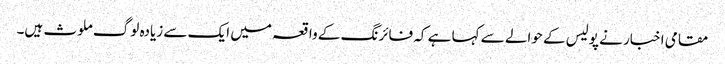
مقامی اخبار نے پولیس کے حوالے سے کہا ہے کہ فائرنگ کے واقعہ میں ایک سے زیادہ لوگ ملوث ہیں۔